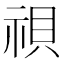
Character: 𬒹